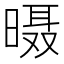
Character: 𱢙